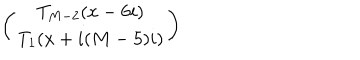
\left( \begin{array} { c } { { T _ { M - 2 } ( x - 6 i ) } } \\ { { T _ { 1 } ( x + i ( M - 5 ) i ) } } \\ \end{array} \right)